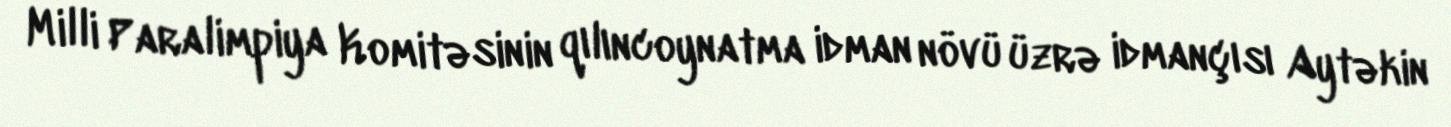
Milli Paralimpiya Komitəsinin qılıncoynatma idman növü üzrə idmançısı Aytəkin